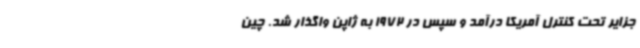
جزایر تحت کنترل آمریکا درآمد و سپس در 1972 به ژاپن واگذار شد. چین